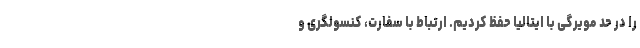
را در حد مویرگی با ایتالیا حفظ کردیم. ارتباط با سفارت، کنسولگری و